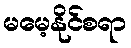
မမေ့နိုင်စရာ